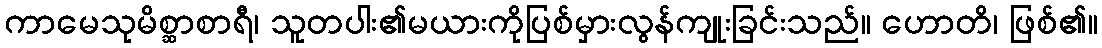
ကာမေသုမိစ္ဆာစာရီ၊ သူတပါး၏မယားကိုပြစ်မှားလွန်ကျုးခြင်းသည်။ ဟောတိ၊ ဖြစ်၏။